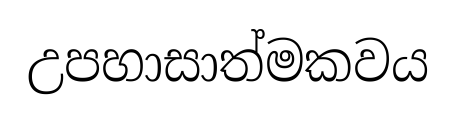
උපහාසාත්මකවය